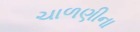
ચાળણીના